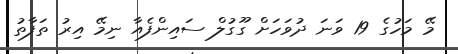
މޭ މަހުގެ 19 ވަނަ ދުވަހަށް ގޫގުލް ސައިންފެއާ ނިމޭ އިރު ތަފާތު